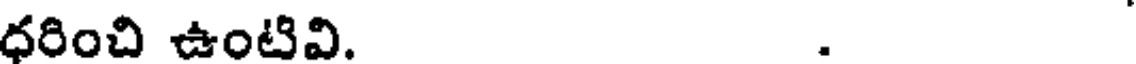
ధరించి ఉంటివి. .